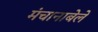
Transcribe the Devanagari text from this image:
मंचानाबेले